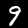
Label: 9